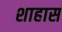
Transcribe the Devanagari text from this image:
शाहास